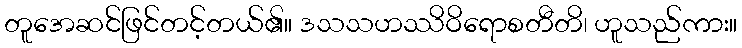
တူအေဆင်ဖြင်တင့်တယ်၏။ ဒသသဟဿိဝိရောစတီတိ၊ ဟူသည်ကား။